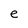
Character: e